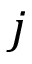
j